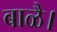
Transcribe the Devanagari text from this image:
बाळै।